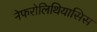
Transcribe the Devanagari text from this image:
नेफरोलिथियासिस